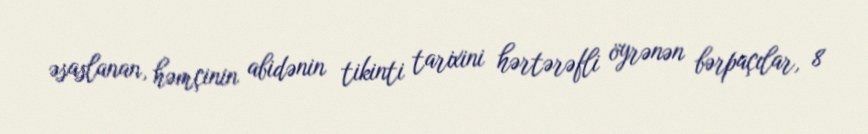
əsaslanan, həmçinin abidənin tikinti tarixini hərtərəfli öyrənən bərpaçılar, 8